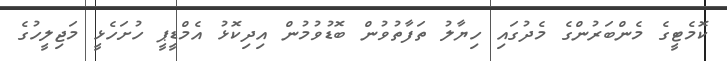
ކޮމެޓީގެ މެންބަރުންގެ މެދުގައި ހިޔާލު ތަފާތުވުން ބޮޑުވުމުން އިދިކޮޅު އެމްޑީޕީ ހުށަހެޅީ މަޖިލީހުގެ